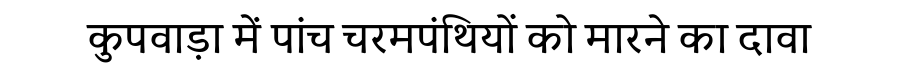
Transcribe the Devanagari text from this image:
कुपवाड़ा में पांच चरमपंथियों को मारने का दावा